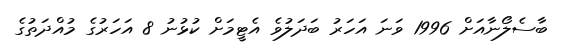
ބާސެލޯނާއަށް 1996 ވަނަ އަހަރު ބަދަލުވެ އެޓީމަށް ކުޅުނު 8 އަހަރުގެ މުއްދަތުގެ